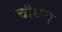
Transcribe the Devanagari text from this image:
चौधरा